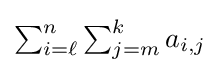
{\textstyle \sum _{i=\ell }^{n}\sum _{j=m}^{k}a_{i,j}}